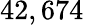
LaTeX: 42,674\